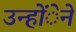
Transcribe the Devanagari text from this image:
उन्होंेने